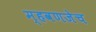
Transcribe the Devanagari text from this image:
म्हवणजेच